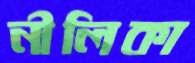
নীলিকা